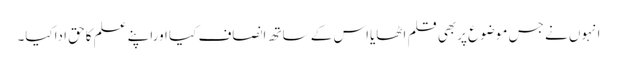
انہوں نے جس موضوع پربھی قلم اٹھایااس کے ساتھ انصاف کیا اوراپنے علم کاحق اداکیا۔